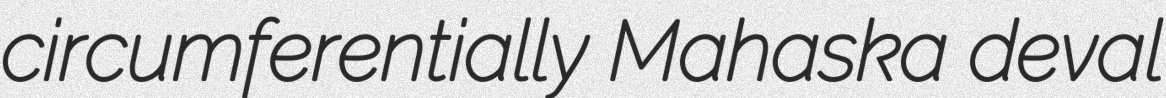
circumferentially Mahaska deval